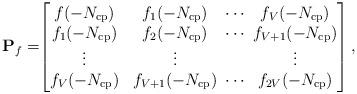
LaTeX: \begin{align*}\mathbf{P}_f=\! \! \begin{bmatrix}f(-N_{\rm cp}) & f_1(-N_{\rm cp}) & \!\! \cdots \!\! & f_V(-N_{\rm cp})\\f_1(-N_{\rm cp}) & f_2(-N_{\rm cp}) & \!\! \cdots \!\! & f_{V+1}(-N_{\rm cp})\\\vdots & \vdots & \!\! \!\! & \vdots \\f_V(-N_{\rm cp}) & f_{V+1}(-N_{\rm cp}) & \!\! \cdots \!\! & f_{2V}(-N_{\rm cp})\end{bmatrix},\end{align*}